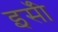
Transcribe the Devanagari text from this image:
इसॅी